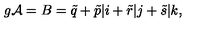
g { \cal A } = B = \tilde { q } + \tilde { p } \vert i + \tilde { r } \vert j + \tilde { s } \vert k ,